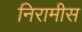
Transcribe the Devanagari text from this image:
निरामीस